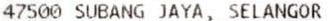
47500 SUBANG JAYA, SELANGOR